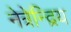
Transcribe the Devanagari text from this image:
नेत्रेन्द्रिय